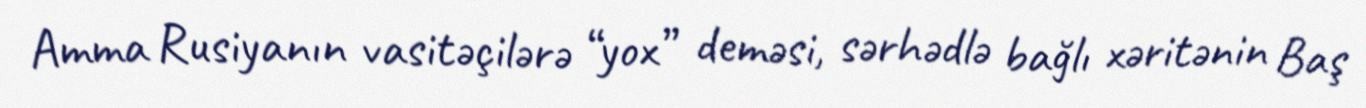
Amma Rusiyanın vasitəçilərə “yox” deməsi, sərhədlə bağlı xəritənin Baş